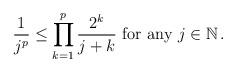
LaTeX: \begin{align*}\frac{1}{j^p}\leq \prod_{k=1}^{p}\frac{2^k}{j+k}\textrm{ for any } j\in \mathbb{N}\,.\end{align*}